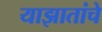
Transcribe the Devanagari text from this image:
याझातांचे